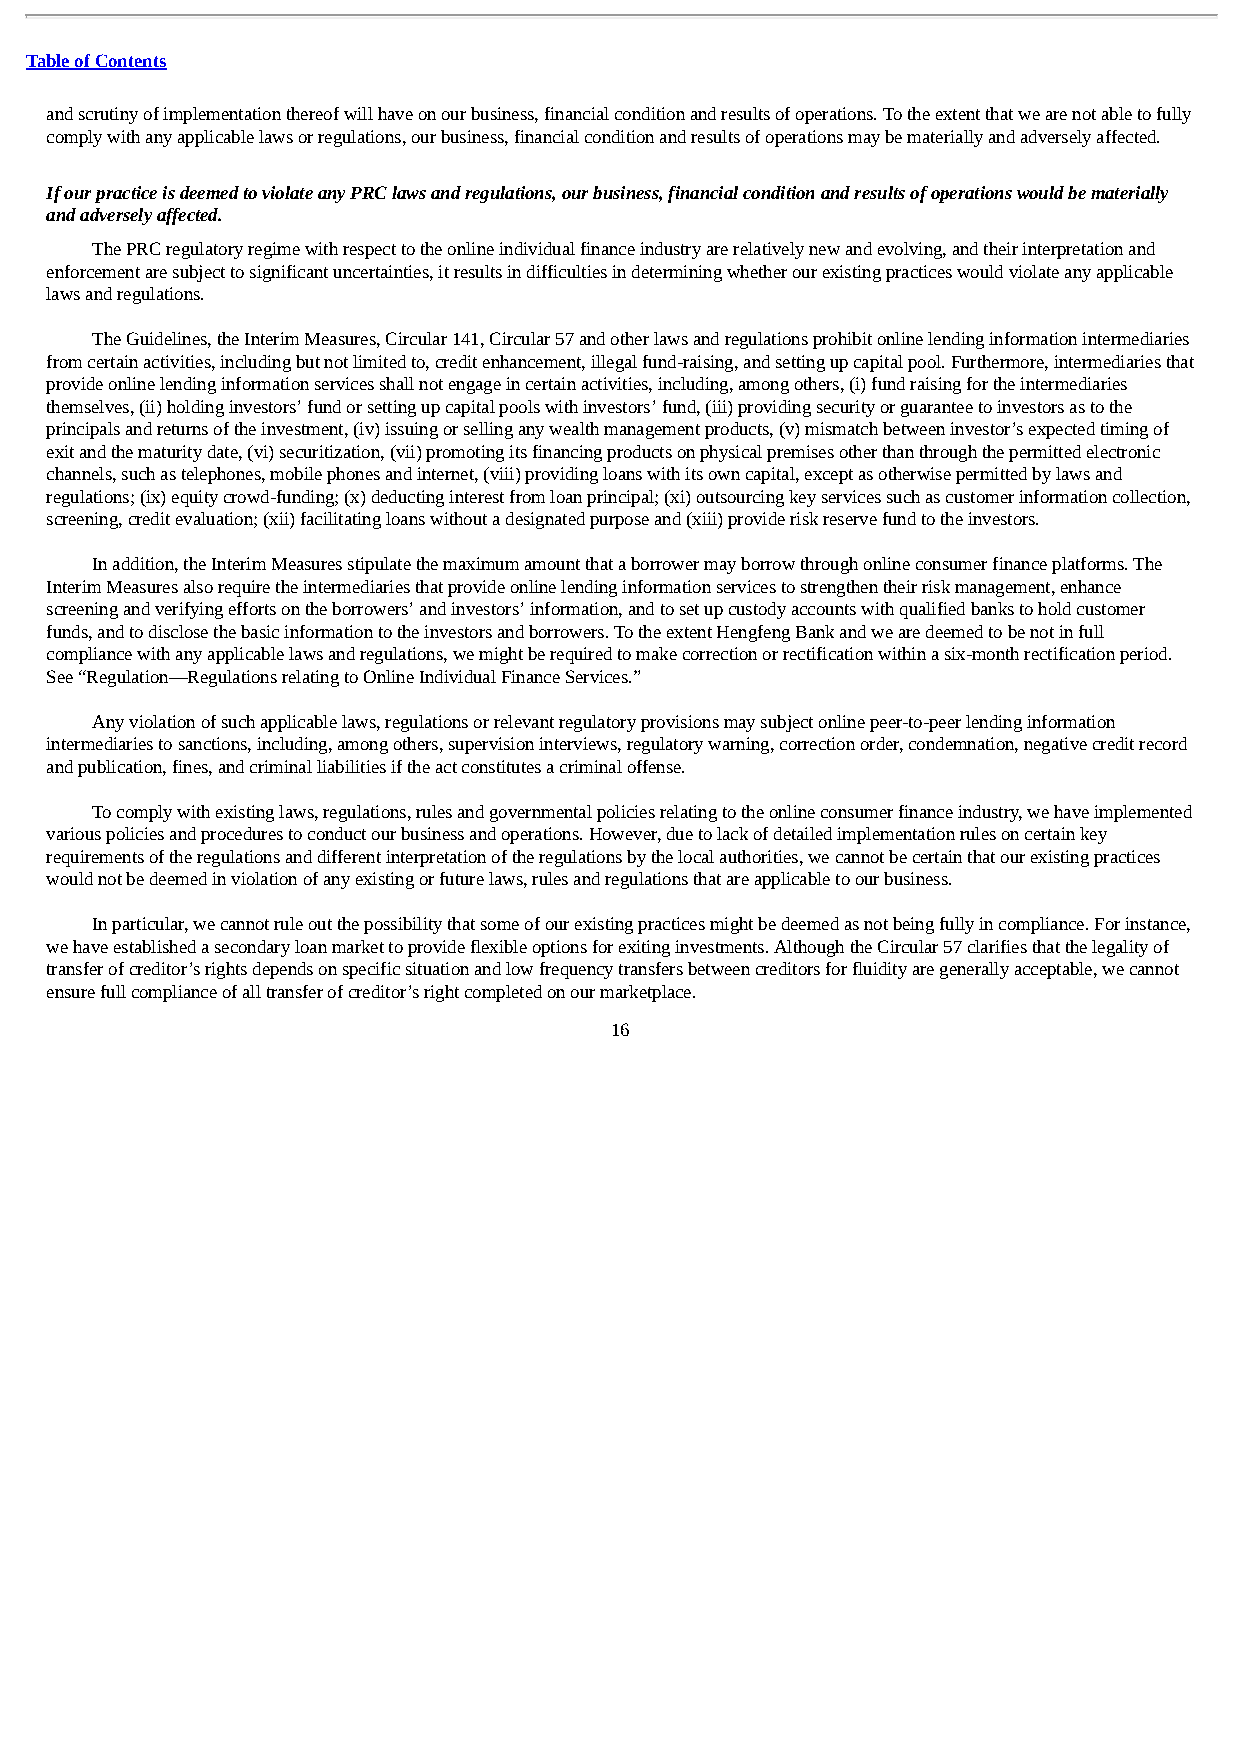
Table of Contents
 and scrutiny of implementation thereof will have on our business, financial condition and results of operations. To the extent that we are not able to fully
 comply with any applicable laws or regulations, our business, financial condition and results of operations may be materially and adversely affected.
 If our practice is deemed to violate any PRC laws and regulations, our business, financial condition and results of operations would be materially
 and adversely affected.
 The PRC regulatory regime with respect to the online individual finance industry are relatively new and evolving, and their interpretation and
 enforcement are subject to significant uncertainties, it results in difficulties in determining whether our existing practices would violate any applicable
 laws and regulations.
 The Guidelines, the Interim Measures, Circular 141, Circular 57 and other laws and regulations prohibit online lending information intermediaries
 from certain activities, including but not limited to, credit enhancement, illegal fund-raising, and setting up capital pool. Furthermore, intermediaries that
 provide online lending information services shall not engage in certain activities, including, among others, (i) fund raising for the intermediaries
 themselves, (ii) holding investors’ fund or setting up capital pools with investors’ fund, (iii) providing security or guarantee to investors as to the
 principals and returns of the investment, (iv) issuing or selling any wealth management products, (v) mismatch between investor’s expected timing of
 exit and the maturity date, (vi) securitization, (vii) promoting its financing products on physical premises other than through the permitted electronic
 channels, such as telephones, mobile phones and internet, (viii) providing loans with its own capital, except as otherwise permitted by laws and
 regulations; (ix) equity crowd-funding; (x) deducting interest from loan principal; (xi) outsourcing key services such as customer information collection,
 screening, credit evaluation; (xii) facilitating loans without a designated purpose and (xiii) provide risk reserve fund to the investors.
 In addition, the Interim Measures stipulate the maximum amount that a borrower may borrow through online consumer finance platforms. The
 Interim Measures also require the intermediaries that provide online lending information services to strengthen their risk management, enhance
 screening and verifying efforts on the borrowers’ and investors’ information, and to set up custody accounts with qualified banks to hold customer
 funds, and to disclose the basic information to the investors and borrowers. To the extent Hengfeng Bank and we are deemed to be not in full
 compliance with any applicable laws and regulations, we might be required to make correction or rectification within a six-month rectification period.
 See “Regulation—Regulations relating to Online Individual Finance Services.”
 Any violation of such applicable laws, regulations or relevant regulatory provisions may subject online peer-to-peer lending information
 intermediaries to sanctions, including, among others, supervision interviews, regulatory warning, correction order, condemnation, negative credit record
 and publication, fines, and criminal liabilities if the act constitutes a criminal offense.
 To comply with existing laws, regulations, rules and governmental policies relating to the online consumer finance industry, we have implemented
 various policies and procedures to conduct our business and operations. However, due to lack of detailed implementation rules on certain key
 requirements of the regulations and different interpretation of the regulations by the local authorities, we cannot be certain that our existing practices
 would not be deemed in violation of any existing or future laws, rules and regulations that are applicable to our business.
 In particular, we cannot rule out the possibility that some of our existing practices might be deemed as not being fully in compliance. For instance,
 we have established a secondary loan market to provide flexible options for exiting investments. Although the Circular 57 clarifies that the legality of
 transfer of creditor’s rights depends on specific situation and low frequency transfers between creditors for fluidity are generally acceptable, we cannot
 ensure full compliance of all transfer of creditor’s right completed on our marketplace.
 16